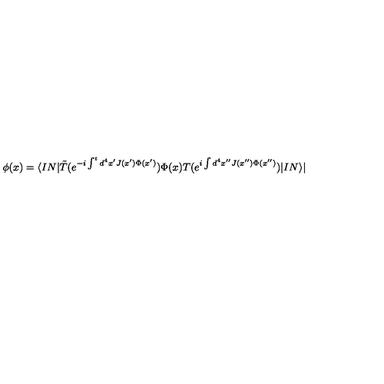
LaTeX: \phi ( x ) = \langle I N | \tilde { T } ( e ^ { - i \int ^ { t } d ^ { 4 } x ^ { \prime } J ( x ^ { \prime } ) \Phi ( x ^ { \prime } ) } ) \Phi ( x ) T ( e ^ { i \int d ^ { 4 } x ^ { \prime \prime } J ( x ^ { \prime \prime } ) \Phi ( x ^ { \prime \prime } ) } ) | I N \rangle |